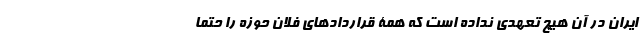
ایران در آن هیچ تعهدی نداده است که همۀ قراردادهای فلان حوزه را حتما